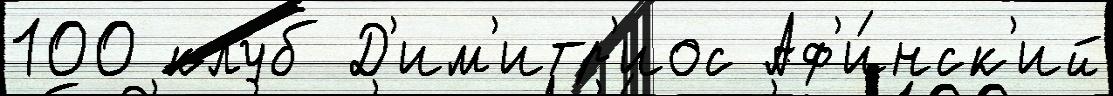
100 клуб Д'им'итр'иос Аф'и́нск'ий